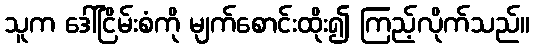
သူက ဒေါ်ငြိမ်းစံကို မျက်စောင်းထိုး၍ ကြည့်လိုက်သည်။